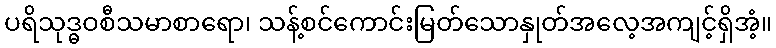
ပရိသုဒ္ဓဝစီသမာစာရော၊ သန့်စင်ကောင်းမြတ်သောနှုတ်အလေ့အကျင့်ရှိအံ့။